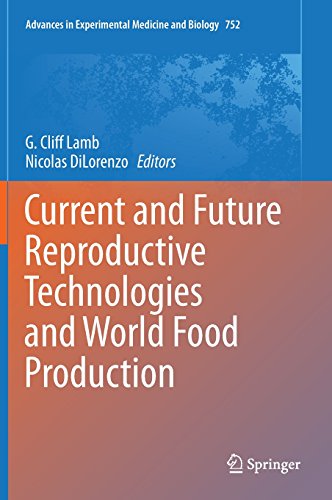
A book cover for Current and Future Reproductive Technologies and World Food Production (Advances in Experimental Medicine and Biology); Health, Fitness & Dieting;